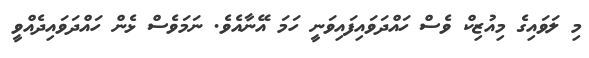
މި ލަވައިގެ މިއުޒިކް ވެސް ހައްދަވައިފައިވަނީ ހަމަ އޭނާއެވެ. ނަމަވެސް ޅެން ހައްދަވައިދެއްވީ